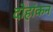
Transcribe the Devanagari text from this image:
दोहांकन